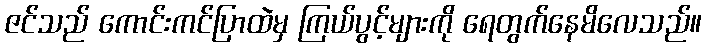
ဇင်သည် ကောင်းကင်ပြာထဲမှ ကြယ်ပွင့်များကို ရေတွက်နေမိလေသည်။